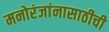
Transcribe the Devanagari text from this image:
मनोरंजांनासाठीची